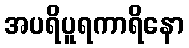
အပရိပူရကာရိနော